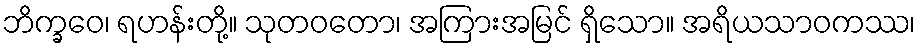
ဘိက္ခဝေ၊ ရဟန်းတို့။ သုတဝတော၊ အကြားအမြင် ရှိသော။ အရိယသာဝကဿ၊